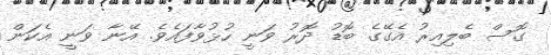
ގޮސް ބެލިއިރު އެގޭގެ ބޮޑު ދޮރު ވަނީ ހުޅުވާފައެވެ. އޭނާ ވަނީ އެކަން